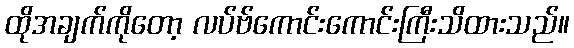
ထိုအချက်ကိုတော့ လပ်ဗ်ကောင်းကောင်းကြီးသိထားသည်။